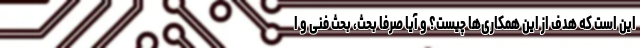
این است که هدف از این همکاری‌ها چیست؟ و آیا صرفا بحث، بحث فنی و ا